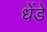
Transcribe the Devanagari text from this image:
धेंडे